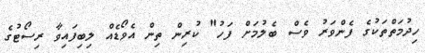
ހިދުމަތްތަކުގެ ފެންވަރު ވެސް ބެލުމަށް ފަހު" ކުރިން ތިން އެވޯޑެއް ލިބިފައިވާ ރިސޯޓުގެ